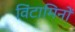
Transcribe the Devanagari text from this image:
विंटामिनों